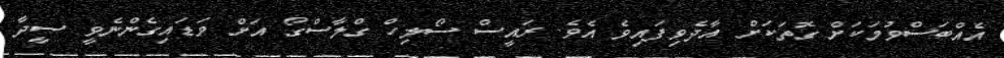
އެއްބަސްވުމަކަށް ގޮތަކަށް އާދެވިފައިވެ އެވެ. ރައީސް ސޯލިހް ގްލާސްގޯ އަށް ވަޑައިގެންނެވީ ސީދާ